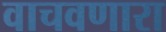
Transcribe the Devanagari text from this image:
वाचवणारा